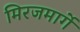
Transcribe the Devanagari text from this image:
मिरजमार्गे